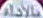
ملاحظات